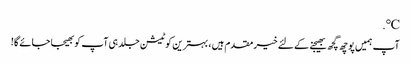
℃.
آپ ہمیں پوچھ گچھ بھیجنے کے لئے خیرمقدم ہیں ، بہترین کوٹیشن جلد ہی آپ کو بھیجا جائے گا!